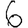
Digit: 6